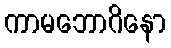
ကာမဘောဂိနော